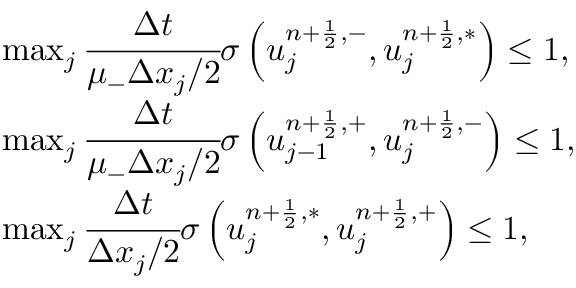
\begin{array} { r l } & { \operatorname* { m a x } _ { j } \cfrac { \Delta t } { \mu _ { - } \Delta x _ { j } / 2 } \sigma \left( u _ { j } ^ { n + \frac { 1 } { 2 } , - } , u _ { j } ^ { n + \frac { 1 } { 2 } , \ast } \right) \leq 1 , } \\ & { \operatorname* { m a x } _ { j } \cfrac { \Delta t } { \mu _ { - } \Delta x _ { j } / 2 } \sigma \left( u _ { j - 1 } ^ { n + \frac { 1 } { 2 } , + } , u _ { j } ^ { n + \frac { 1 } { 2 } , - } \right) \leq 1 , } \\ & { \operatorname* { m a x } _ { j } \cfrac { \Delta t } { \Delta x _ { j } / 2 } \sigma \left( u _ { j } ^ { n + \frac { 1 } { 2 } , \ast } , u _ { j } ^ { n + \frac { 1 } { 2 } , + } \right) \leq 1 , } \end{array}